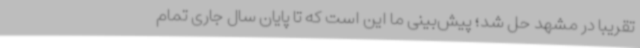
تقریبا در مشهد حل شد؛ پیش‌بینی ما این است که تا پایان سال جاری تمام